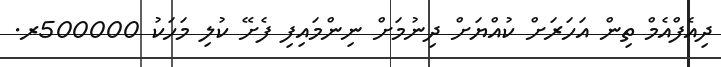
ދިއެފްއެމް ތިން އަހަރަށް ކުއްޔަށް ދިނުމަށް ނިންމައިފި ފެށޭ ކުލި މަހަކު 500000ރ.